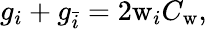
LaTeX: g_{i}+g_{\bar{i}}=2\mathrm{w}_{i}C_{\mathrm{w}},